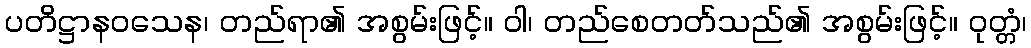
ပတိဋ္ဌာနဝသေန၊ တည်ရာ၏ အစွမ်းဖြင့်။ ဝါ၊ တည်စေတတ်သည်၏ အစွမ်းဖြင့်။ ဝုတ္တံ၊